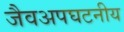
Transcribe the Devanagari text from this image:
जैवअपघटनीय